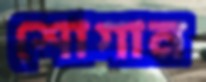
শোগান